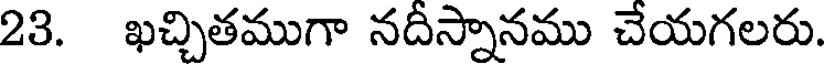
23. ఖచ్చితముగా నదీస్నానము చేయగలరు.